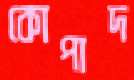
কোপাদ